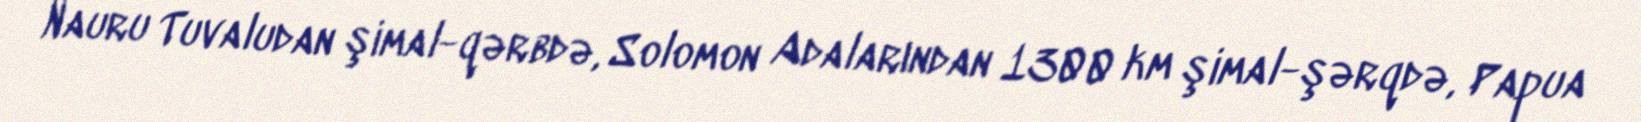
Nauru Tuvaludan şimal-qərbdə, Solomon Adalarından 1300 km şimal-şərqdə, Papua